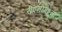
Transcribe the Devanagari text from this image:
रीएनीमेशन